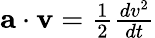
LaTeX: \textstyle\mathbf{a}\cdot\mathbf{v}={\frac{1}{2}}{\frac{dv^{2}}{dt}}